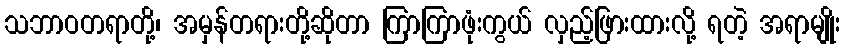
သဘာဝတရာတို့၊ အမှန်တရားတို့ဆိုတာ ကြာကြာဖုံးကွယ် လှည့်ဖြားထားလို့ ရတဲ့ အရာမျိုး